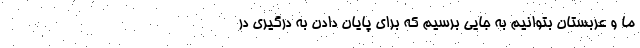
ما و عربستان بتوانيم به جايي برسيم كه براي پايان دادن به درگيري در